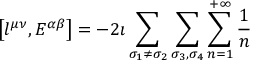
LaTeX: \left[ l ^ { \mu \nu } , E ^ { \alpha \beta } \right] = - 2 \imath \sum _ { \sigma _ { 1 } \neq \sigma _ { 2 } } \sum _ { \sigma _ { 3 } , \sigma _ { 4 } } \sum _ { n = 1 } ^ { + \infty } \frac { 1 } { n }